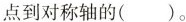
点到对称轴的( )。